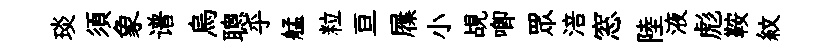
琰須象谱烏聰乎艋粒亘屧小覘唧眾涪窓陸液彪鞍紋